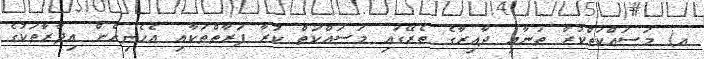
އ) މަސައްކަތްކުރާ ތަނާއި ދާއިރާގެ ތެރޭގައި މަސައްކަތް ކުރާ ފަރާތްތަކާއި އެހެނިހެން އިދާރާތަކުގެ